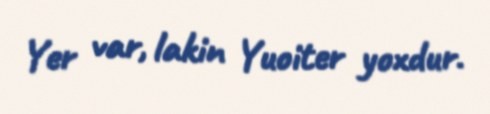
Yer var, lakin Yuoiter yoxdur.